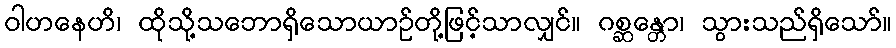
ဝါဟနေဟိ၊ ထိုသို့သဘောရှိသောယာဉ်တို့ဖြင့်သာလျှင်။ ဂစ္ဆန္တော၊ သွားသည်ရှိသော်။